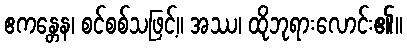
ဧကန္တေန၊ စင်စစ်သဖြင့်။ အဿ၊ ထိုဘုရားလောင်း၏။